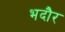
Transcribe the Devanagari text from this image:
भदौर